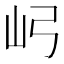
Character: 𫝳